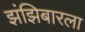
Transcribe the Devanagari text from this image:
झंझिबारला